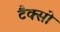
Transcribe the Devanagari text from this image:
टैक्सो